King Institute of Preventive Medicine Micro-Biological Section reports 1909-11
Year: 1909
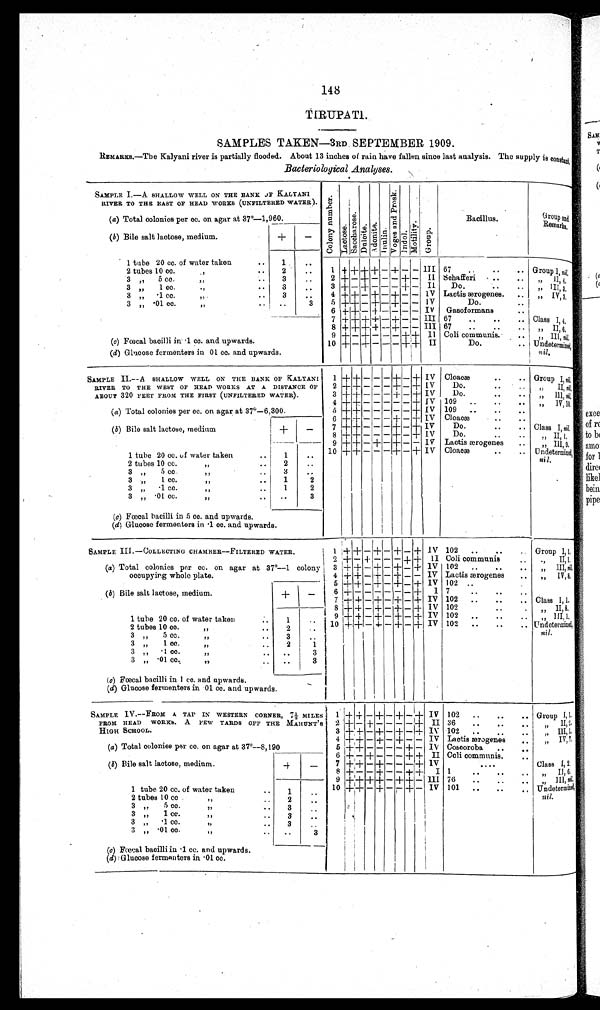
148
TIRUPATI.
SAMPLES TAKEN—3RD.SEPTEMBER 1909.
REMARKS.—The Kalyani river is partially flooded. About 13 inches of rain have fallen since last analysis. The supply is constant.
Bacteriological Analyses.
SAMPLE I.—A SHALLOW WELL ON THE BANK OF K.ALTANI
RIVER TO THE EAST OF HEAD WORKS (UNFILTERED WATER) . C o l o n y n u m b e r .
L a c t o s e .
S a c c h a r o s e .
D u l c i t e . A d o n i t e .
I n u l i n .
V o g e s a n d P r o s k .
I n d o l .
M o t i l i t y .
G r o u p .
Bacillus.
G r o u p a n d R e m a r k s .
(a) Total colonies per cc. on agar at 37°—1,960.
(b) Bile salt lactose, medium.
+
—
1 tube 20 cc. of water taken
. . 1
..
2 tubes 10 cc.
,,
.. 2
..
1 + + + + – + - - III 67 ..
..
.. Group I,n i l ,
3 ,, 5 cc.
,, .. 3
..
2 + - + - - - + - II Schafferi . . ,, II, 4.
3
, ,
1 c c .
. . 3
..
3 + - + - - - + - II Do.
..
..
, , I I I , 3 .
3 ,, .1 cc.
, ,
3
..
4 + + - + - + - - IV Lactis ærogenes. . . ,, IV, 3.
3 „
. 0 1 c c .
, ,
. . ..
3
5 + + - + - + - - IV
Do.
..
6 + + - + - - - - IV Gasoformans
..
7 + + + + - + - - III 67 ..
..
.. Class 1, 4,
8 + + + + - + - - III 67 ..
..
. . ,, II, 6.
9 + - + - - - + +
I I Coli communis.
. .
III,n i l ,
(c) Fœcal bacilli in .1 cc. and upwards.
10 + - + - - + + II
Do.
.. Undetermined.
(d) Glucose fermenters in 01 cc. and upwards.
nil.
SAMPLE II.—A SHALLOW WELL ON THE BANK OF KALYANI
RIVER TO THE WEST OF HEAD WORKS AT A DISTANCE OF
ABOUT 320 FEET FROM THE FIRST(UNFILTERED WATER).
1 + + - - - + - + IV Cloacæ
..
.. Group I, ni l ,
2 + + - - - + - + IV Do.
..
. . ,, II, ni l .
3 + + - - - + - + IV Do.
..
. . ,, III, ni l .
4 + + - - - - - + IV 109 ..
..
. . ,, IV, 1 0 .
(a) Total colonies per cc. on agar at 37º—6,300.
5 + + - - - - - + IV 109 ..
..
..
6 + + - - - + - + IV Cloacæ
..
..
(b) Bile salt lactose, medium
+
-
7 + + - - - + - + IV
Do.
..
.. Class I, n i l .
8 + + - - - + - + IV Do.
..
. .
, , I I , 1.
9 +
+ - + - + - - IV Lactis ærogenes ..
, , I I I , 9 .
1 tube 20 cc. of water taken
..
1
.. 10 ++ - - - + - + IV Cloacæ
..
.. Un d e t e r mi n e d .
2 tubes 10 cc.
, ,
. .
2
. .
nil.
3 „ 5 cc , ,
. . 3
. .
3 „ 1 cc.
,,
.. 1
2
3 „
. 1 c c .
, ,
. . 1
2
3 „
. 0 1 c c .
, ,
. . ..
3
(c) Fœcal bacilli in 5 cc. and upwards.
(d) Glucose fermenters in .1 cc. and upwards.
SAMPLE III.—COLLECTING CHAMBER—FILTERED WATER.
1 + + - + - + - +
I V 102 ..
..
Group I, 1,
2 + - + - - - + + II Coli communis
.. ,, II, 1,
(a) Total colonies per cc. on agar at 37°—1 colony
occupying whole plate.
3 + + - + - + - + IV 102 ..
..
.. „ III, n i l
4 + + - + - + - - IV Lactis ærogenes .. „ IV, 8.
5 + + - + - + - + IV 102 ..
..
(b) Bile salt lactose, medium.
+
- 6 + - - - - - + I 7
..
..
..
7 + + - + - + - + IV 102 ..
..
.. Class I, 1.
8 + + - + - + - + IV 102
..
. .
II, 8.
1 tube 20 cc. of water taken
. .
1
. . 9 + + - + - + - + IV 102
. .
. .
..
, , I I I , 1
2 tubes 10 cc.
, ,
. .
2
. . 10 + + - + - + - + IV 102 ..
..
.. Undetermined.
3 „ 5 cc.
, ,
. .
3
. .
ni l .
3 „ 1 cc.
, ,
. . 2
1
3 „
. 1 c c
, ,
. . . .
3
3 „
. 0 1 c c
, ,
. . ..
3
(c) Fœcal bacilli in 1 cc. and upwards.
(d) Glucose fermenters in 01 cc. and upwards.
SAMPLE IV.—FROM A TAP IN WESTERN CORNER, 7½ MILES
FROM HEAD WORKS. A FEW YARDS OFF THE MAHUNT'S
HIGH SCHOOL.
1 + + - + - + - + IV 102 ..
..
.. Group I,1.
2 + - + - - - - + II 36 ..
..
.. ,, II, 2.
3 + + - + - + - + IV 102 ..
..
.. „ III, 1.
4 + + - + - + - - IV Lactis ærogenes
. . „ IV,7.
(a) Total colonies per cc. on agar at 37°—8,190
5 + +
- - - - + - IV Coscoroba ..
. .
6 + - + - - - + + II Coli communis.
. .
(b) Bile salt lactose, medium.
+
- 7 + + - + - - - + IV
. . .
Class 1, 2.
8 + - - + - - + + I
1
. .
. .
. .
, , I I , 6
9 + +
+ + - + + - III 76 ..
..
..
, , I I I ,
n i l .
1 tube 20 cc. of water taken
. . 1
. . 10 + + - + - - + - IV 101 .. ..
. . Undetermined.
2 tubes 10 cc
, ,
. .
2
. .
n i l .
3 „ 5 cc.
,,
. .
3
. .
3 „ 1 cc.
, ,
. .
3
. .
3 „ . 1 c c .
, ,
. .
3
. .
3 „
. 0 1 c c .
„ . . ..
3
(c) Fœcal bacilli in .1 cc. and upwards.
(d) Glucose fermenters in .01 cc.